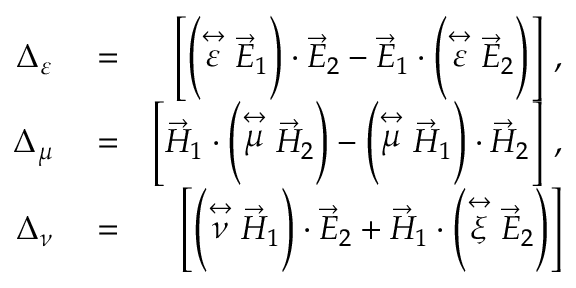
\begin{array} { r l r } { \Delta _ { \varepsilon } } & { { } = } & { \left\lbrack \left( \stackrel { \leftrightarrow } { \varepsilon } \vec { E } _ { 1 } \right) \cdot \vec { E } _ { 2 } - \vec { E } _ { 1 } \cdot \left( \stackrel { \leftrightarrow } { \varepsilon } \vec { E } _ { 2 } \right) \right\rbrack \, , } \\ { \Delta _ { \mu } } & { { } = } & { \left\lbrack \vec { H } _ { 1 } \cdot \left( \stackrel { \leftrightarrow } { \mu } \vec { H } _ { 2 } \right) - \left( \stackrel { \leftrightarrow } { \mu } \vec { H } _ { 1 } \right) \cdot \vec { H } _ { 2 } \right\rbrack \, , } \\ { \Delta _ { \nu } } & { { } = } & { \left\lbrack \left( \stackrel { \leftrightarrow } { \nu } \vec { H } _ { 1 } \right) \cdot \vec { E } _ { 2 } + \vec { H } _ { 1 } \cdot \left( \stackrel { \leftrightarrow } { \xi } \vec { E } _ { 2 } \right) \right\rbrack } \end{array}